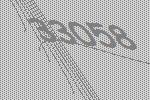
33058